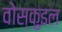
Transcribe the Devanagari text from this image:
वोस्कुइल